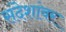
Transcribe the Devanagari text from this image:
संदेशांवर